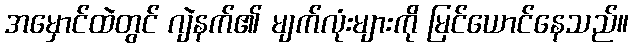
အမှောင်ထဲတွင် ဂျဲနက်၏ မျက်လုံးများကို မြင်ယောင်နေသည်။